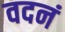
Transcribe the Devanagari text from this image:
वदनं